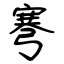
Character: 弿